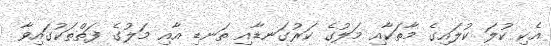
އެކި ކުލަ ކުލައިގެ މާތަކާއި މަލުގެ ކަރުގަނޑާއި ތަނޑި އާއި މަލުގެ ފަތްތަކުގައިވާ